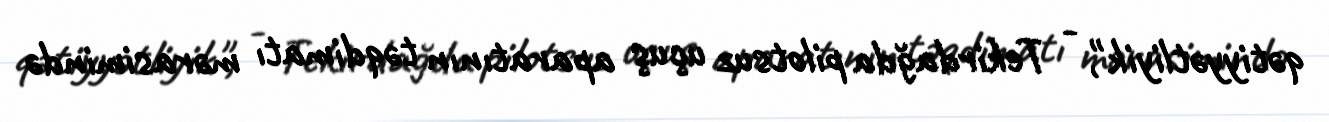
qətiyyətliyik", - Tekirdağda pilotsuz uçuş aparatının təqdimatı mərasimində